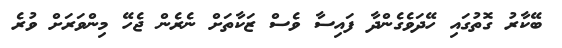
ބޭކާރު ގޮތުގައި ހޭދަވެގެންދާ ފައިސާ ވެސް ޒަކާތަށް ނެރެން ޖެހޭ މިންވަރަށް ވުރެ